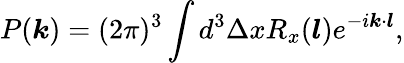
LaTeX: P(\boldsymbol{k})=(2\pi)^{3}\int d^{3}\Delta xR_{x}(\boldsymbol{l})e^{-i\boldsymbol{k}\cdot\boldsymbol{l}},